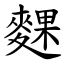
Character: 䴹